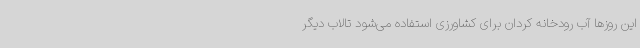
این روزها آب رودخانه کردان برای کشاورزی استفاده می‌شود تالاب دیگر